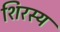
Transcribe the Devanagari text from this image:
शिरस्य